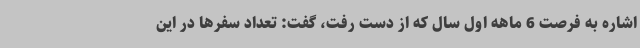
اشاره به فرصت 6 ماهه اول سال که از دست رفت، گفت: تعداد سفرها در این